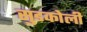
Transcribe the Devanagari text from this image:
सुडकोली